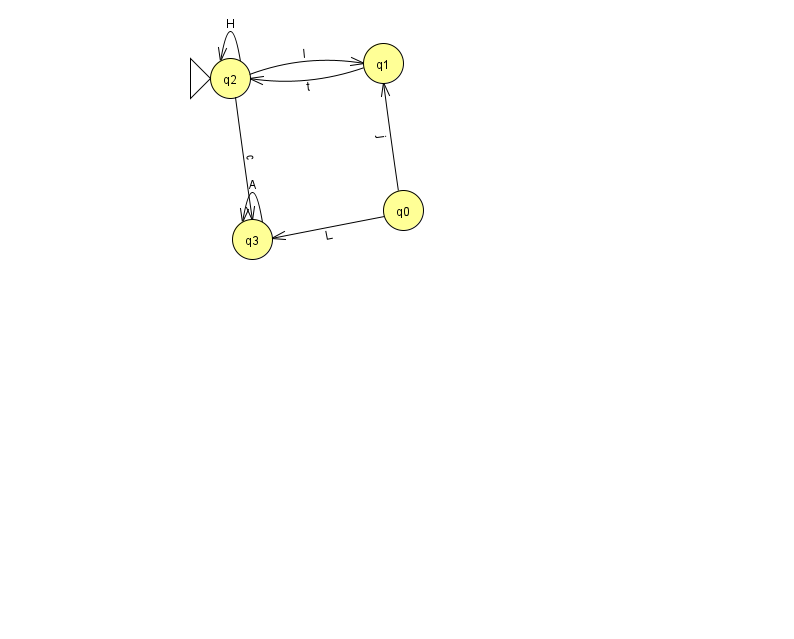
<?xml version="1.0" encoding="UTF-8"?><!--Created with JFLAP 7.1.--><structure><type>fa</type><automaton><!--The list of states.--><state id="0" name="q0"><x>403.0</x><y>197.0</y></state><state id="1" name="q1"><x>383.0</x><y>50.0</y></state><state id="2" name="q2"><x>230.0</x><y>65.0</y><initial/></state><state id="3" name="q3"><x>252.0</x><y>226.0</y></state><!--The list of transitions.--><transition><from>3</from><to>3</to><read>A</read></transition><transition><from>1</from><to>2</to><read>t</read></transition><transition><from>2</from><to>3</to><read>c</read></transition><transition><from>2</from><to>2</to><read>H</read></transition><transition><from>0</from><to>3</to><read>L</read></transition><transition><from>0</from><to>1</to><read>j</read></transition><transition><from>2</from><to>1</to><read>I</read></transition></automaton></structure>